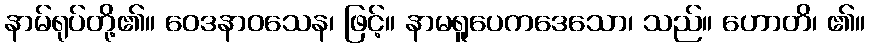
နာမ်ရုပ်တို့၏။ ဝေဒနာဝသေန၊ ဖြင့်။ နာမရူပေကဒေသော၊ သည်။ ဟောတိ၊ ၏။